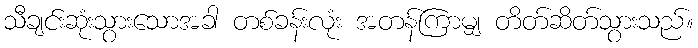
သီချင်းဆုံးသွားသောအခါ တစ်ခန်းလုံး အတန်ကြာမျှ တိတ်ဆိတ်သွားသည်။